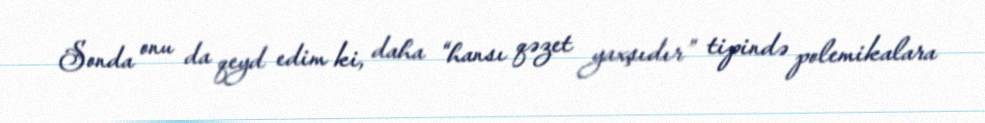
Sonda onu da qeyd edim ki, daha “hansı qəzet yaxşıdır” tipində polemikalara